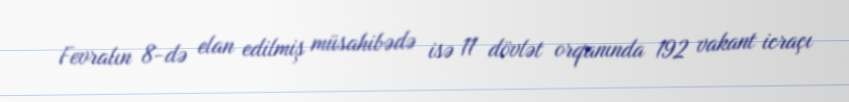
Fevralın 8-də elan edilmiş müsahibədə isə 11 dövlət orqanında 192 vakant icraçı